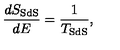
\frac { d S _ { \mathrm { S d S } } } { d E } = \frac { 1 } { T _ { \mathrm { S d S } } } ,